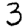
Digit: 3